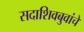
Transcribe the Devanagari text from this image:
सदाशिवबुवांचे